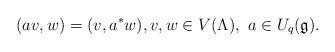
LaTeX: \begin{align*}(a v, w) = (v, a^{*} w), v, w \in V(\Lambda), \ a \in U_{q}(\mathfrak{g}).\end{align*}